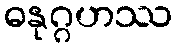
ဓနုဂ္ဂဟဿ